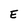
Character: E